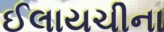
ઈલાયચીના